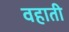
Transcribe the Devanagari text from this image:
वहाती